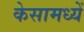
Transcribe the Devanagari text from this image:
केसामध्यें